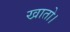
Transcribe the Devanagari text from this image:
खातो।